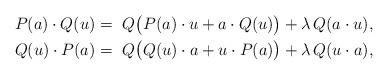
LaTeX: \begin{align*}P(a) \cdot Q(u) =~& Q \big( P(a) \cdot u + a \cdot Q(u) \big) + \lambda ~ \! Q (a \cdot u),\\Q(u) \cdot P(a) =~& Q \big( Q(u) \cdot a + u \cdot P(a) \big) + \lambda ~ \! Q (u \cdot a),\end{align*}